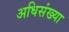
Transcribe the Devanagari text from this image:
अधिसंख्या